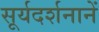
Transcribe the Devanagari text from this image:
सूर्यदर्शनानें